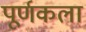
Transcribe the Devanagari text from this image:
पूर्णकला